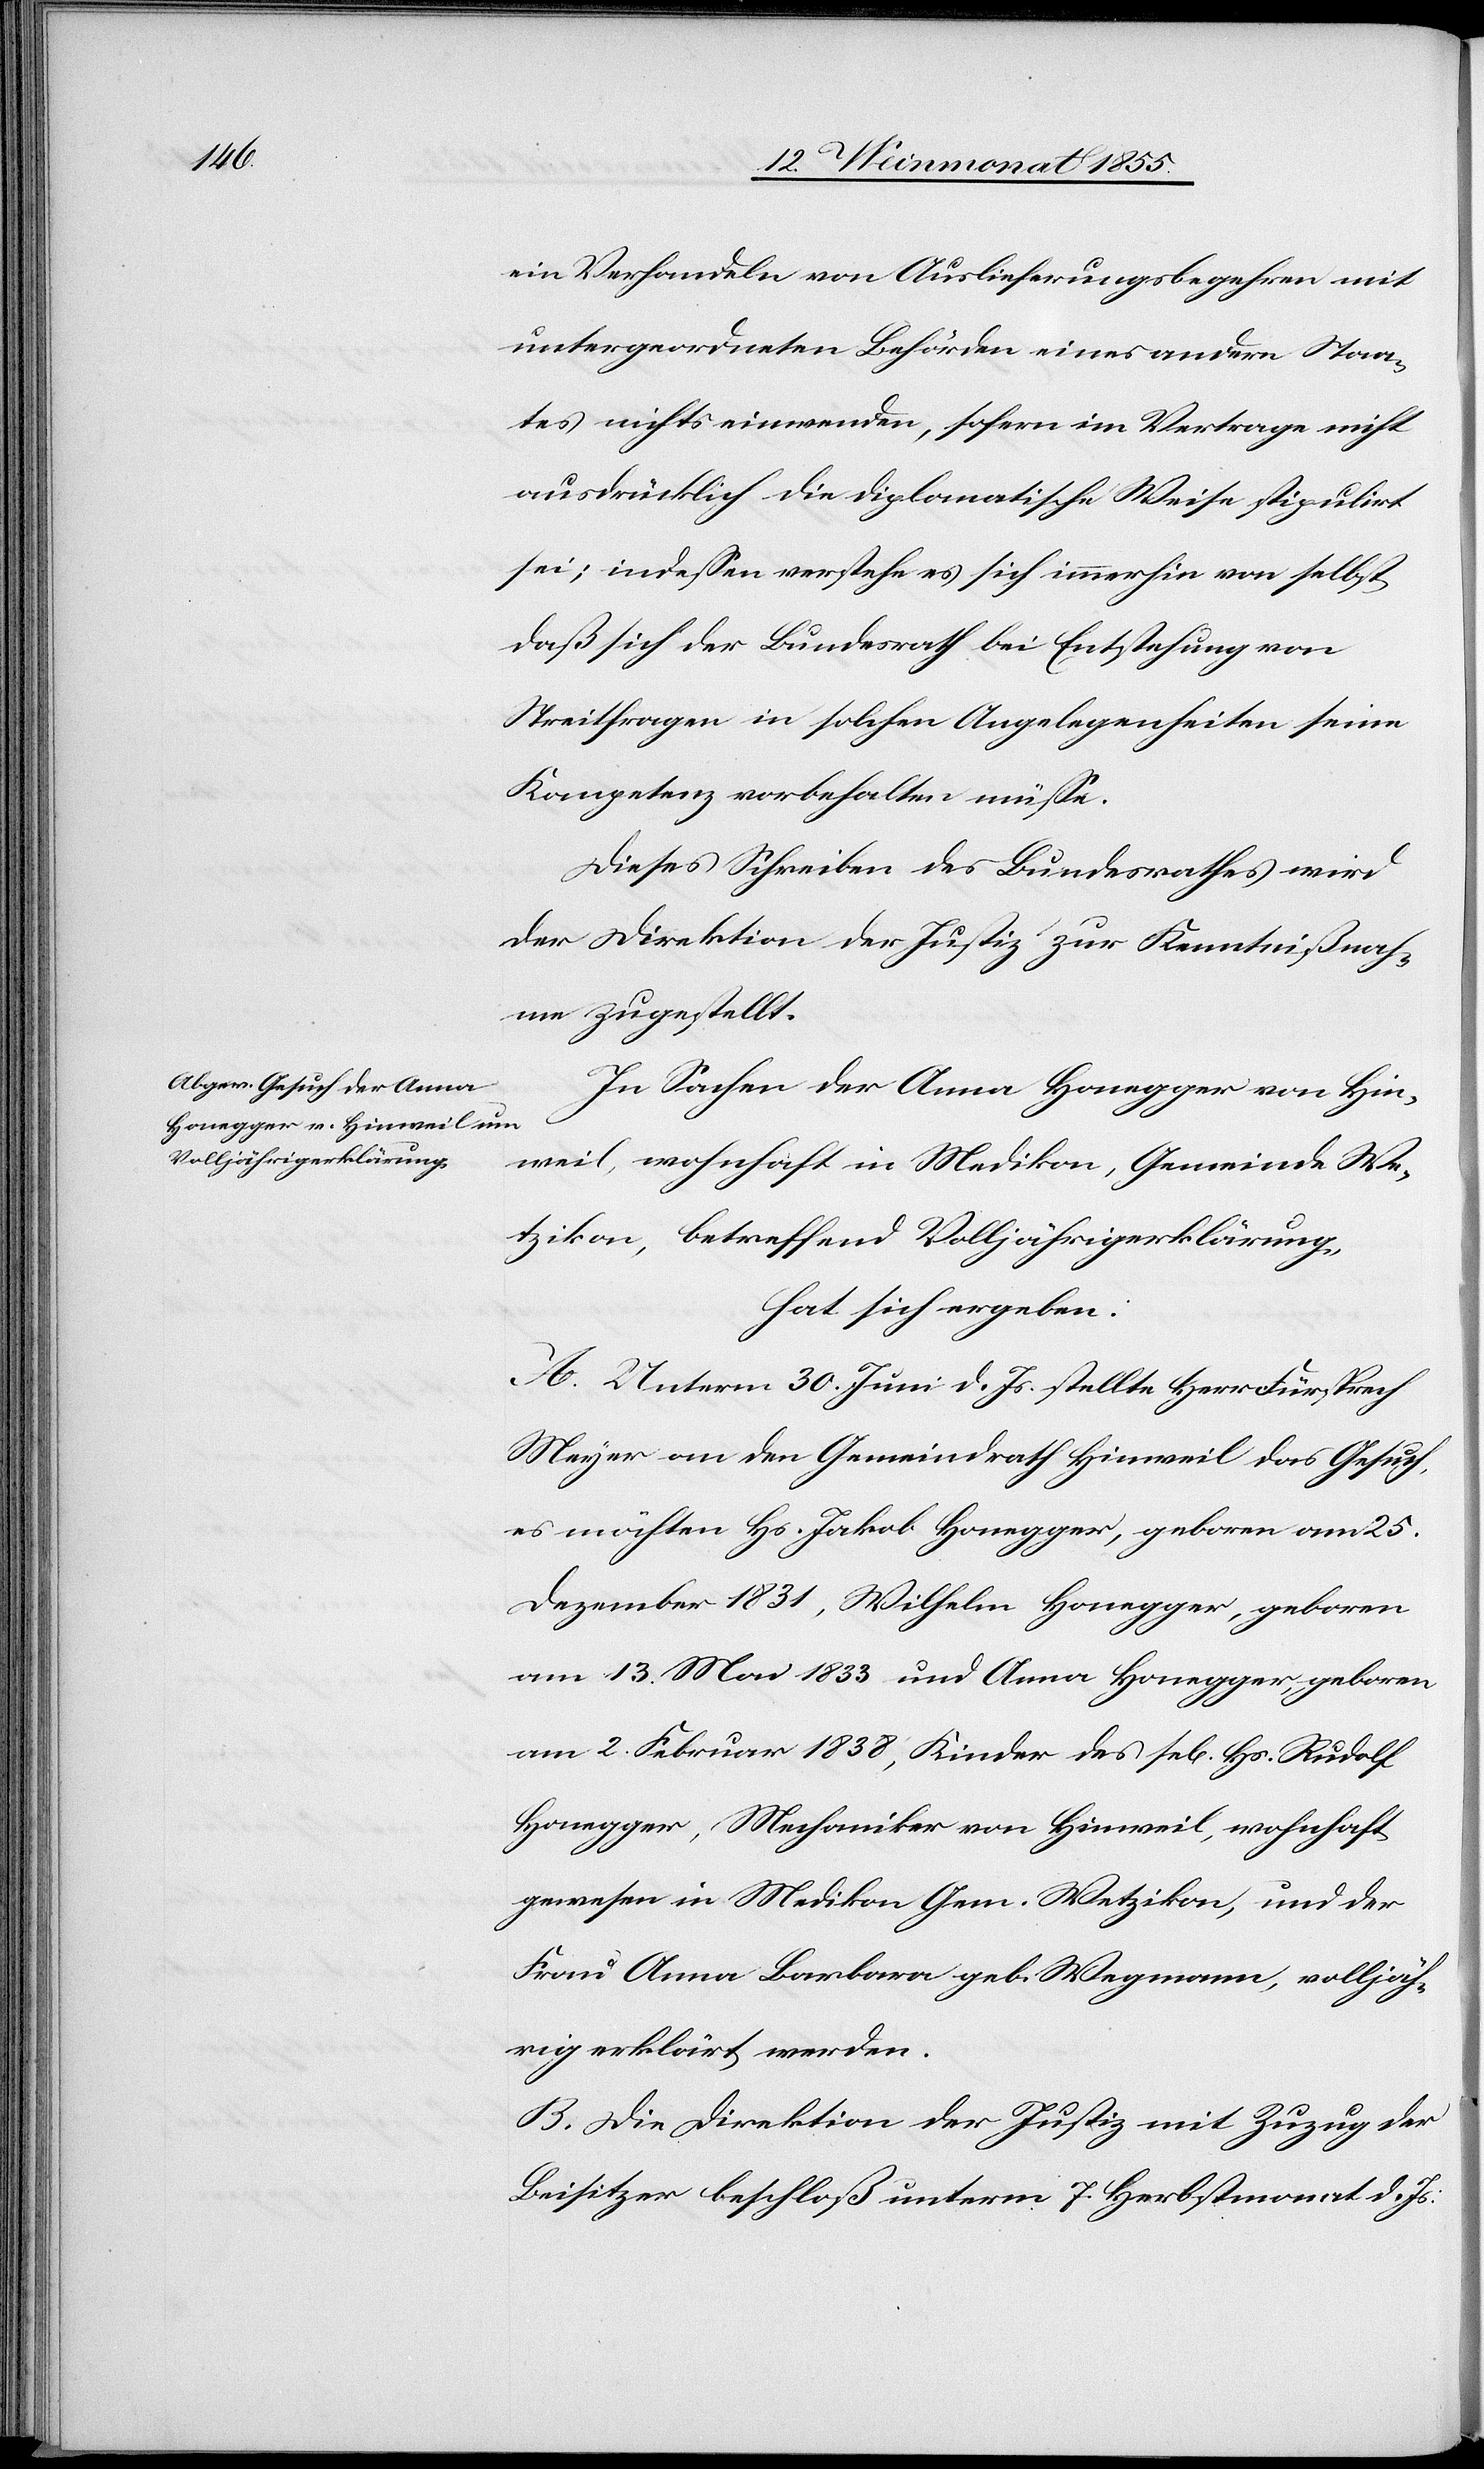
ein Verhandeln von Auslieferungsbegehren mit
untergeordneten Behörden eines andern Staa¬
tes nichts einwenden, sofern im Vertrage nicht
ausdrücklich die diplomatische Weise stipulirt
sei; indessen verstehe es sich immerhin von selbst,
daß sich der Bundesrath bei Entstehung von
Streitfragen in solchen Angelegenheiten seine
Kompetenz vorbehalten müsse.
Dieses Schreiben des Bundesrathes wird
der Direktion der Justiz zur Kenntnißnah¬
me zugestellt.
In Sachen der Anna Honegger von Hin¬
weil, wohnhaft in Medikon, Gemeinde We¬
tzikon, betreffend Volljährigerklärung,
hat sich ergeben:
A. Unterm 30. Juni d. Js. stellte Herr Fürsprech
Meyer an den Gemeindrath Hinweil das Gesuch,
es möchten Hs. Jakob Honegger, geboren am 25.
Dezember 1831, Wilhelm Honegger, geboren
am 13. Mai 1833 und Anna Honegger, geboren
am 2. Februar 1838, Kinder des sel[igen] Hs. Rudolf
Honegger, Mechaniker von Hinweil, wohnhaft
gewesen in Medikon Gem. Wetzikon, und der
Frau Anna Barbara geb. Wegmann, volljäh¬
rig erklärt werden.
B. Die Direktion der Justiz mit Zuzug der
Beisitzer beschloß unterm 7. Herbstmonat d. Js: